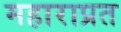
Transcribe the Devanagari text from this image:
महाराप्रत